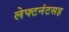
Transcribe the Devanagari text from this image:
लेफ्टनंटसह